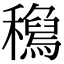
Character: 𥣟